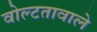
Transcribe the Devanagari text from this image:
वोल्टतावाले